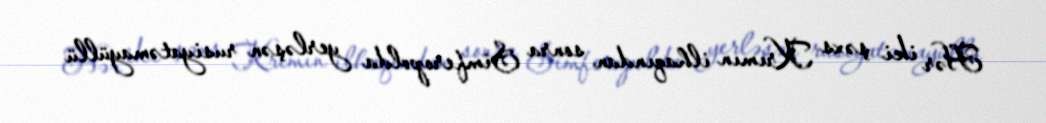
Hər iki şəxs Krımın ilhaqından sonra Simferopolda yerləşən rusiyatəmayüllü